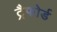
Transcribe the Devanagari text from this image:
ट्रैफोर्ड